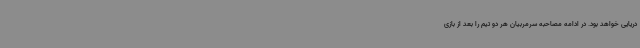
دریایی خواهد بود. در ادامه مصاحبه سرمربیان هر دو تیم را بعد از بازی